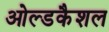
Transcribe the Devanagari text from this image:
ओल्डकैशल